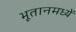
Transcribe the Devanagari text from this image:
भूतानमध्यें